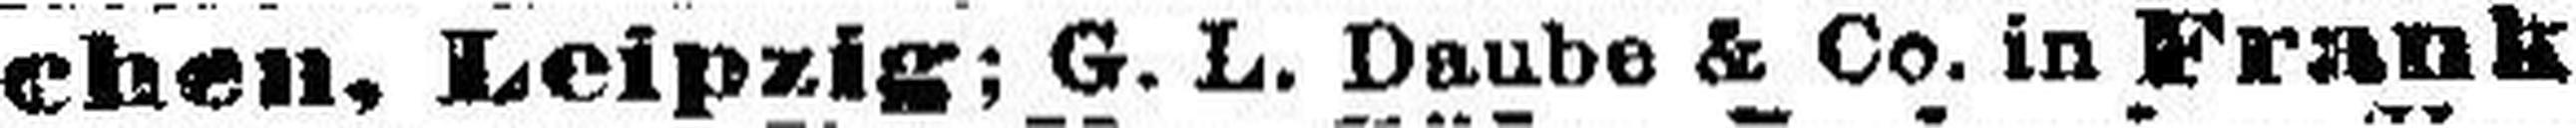
chen, Leipzig; G. L. Daube & Co. in Frank¬